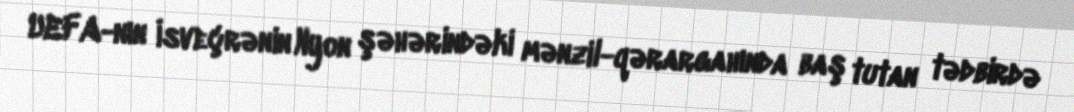
UEFA-nın İsveçrənin Nyon şəhərindəki mənzil-qərargahında baş tutan tədbirdə